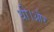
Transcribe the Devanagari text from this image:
थी।और